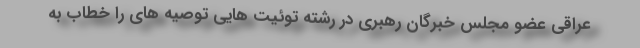
عراقی عضو مجلس خبرگان رهبری در رشته توئیت هایی توصیه های را خطاب به